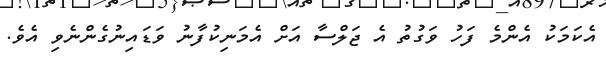
އެކަމަކު އެންމެ ފަހު ވަގުތު އެ ޖަލްސާ އަށް އެމަނިކުފާނު ވަޑައިނުގެންނެވި އެވެ.